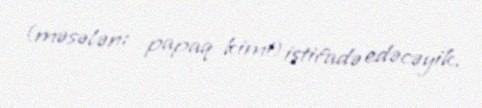
(məsələn: papaq kimi) istifadə edəcəyik.